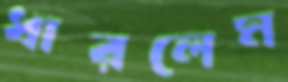
ধারলেম